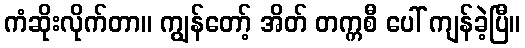
ကံဆိုးလိုက်တာ။ ကျွန်တော့် အိတ် တက္ကစီ ပေါ် ကျန်ခဲ့ပြီ။